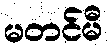
မတင်မီ